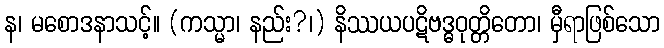
န၊ မစောဒနာသင့်။ (ကသ္မာ၊ နည်း?၊) နိဿယပဋိဗဒ္ဓဝုတ္တိတော၊ မှီရာဖြစ်သော